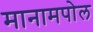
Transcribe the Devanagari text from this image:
मानामपोल